Report on vaccination in Madras 1877-1894 - 1877-1894
Year: 1877
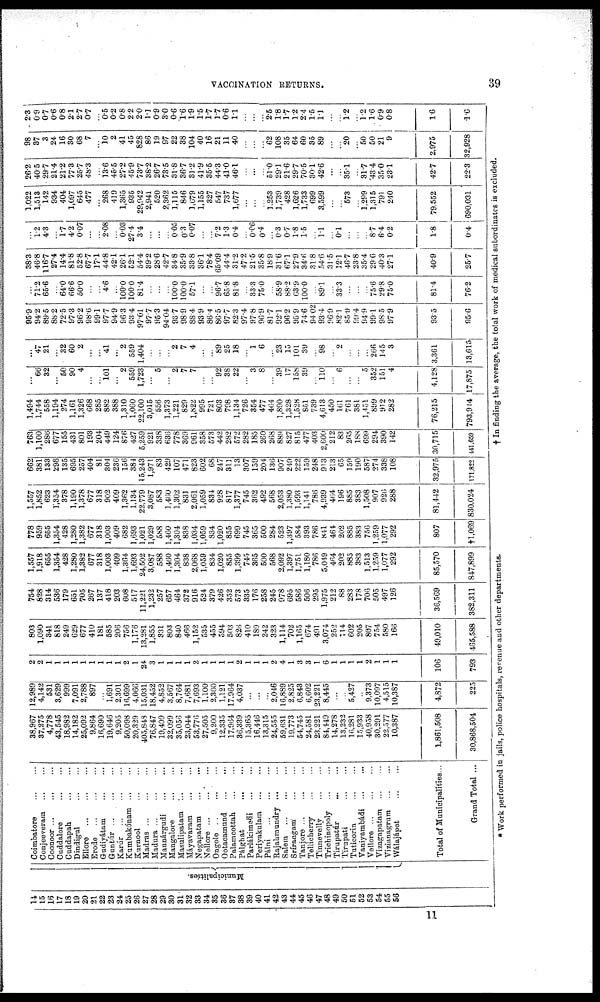
VACCINATION RETURNS.
39
14
15
16
17
18
19
20
21
22
23
24
25
26
27
28
29
30
31
32
33
34
35
36
37
38
39
40
41
42
43
44
45
46
47
48
49
50
51
52
53
54
55
56
Municipalities.
Coimbatore
...
...
Conjeeveram ... ...
Coonoor
...
...
...
Cuddalore
...
...
Cuddapah
...
...
Dindigul ... ...
Ellore
...
...
...
Erode
...
...
...
Gudiyátam ... ...
Guntúr ...
...
...
Karúr
...
...
...
Kumbakónam
...
...
Kurnool
...
...
Madras
...
...
...
Madura
...
...
...
Mannárgudi ... ...
Mangalore
...
...
Masulipatam
...
...
Máyavaram
...
...
Negapatam
...
...
Nellore ... ... ...
Ongole ... ... ...
Ootacamund
...
Palamcottah
...
...
Pálghat
...
...
Parlákimeii
...
...
Periyakulam ... ...
Pálni
...
...
...
Rajahmundry
...
...
Salem ... ... ...
Srírangam ... ...
Tanjore
...
...
...
Tellicherry
...
...
Tinnevelly
...
...
Trichinopoly
...
...
Tirupatúr
...
...
Tirupati ... ...
Tuticorin
...
...
Vaniyambádi ... ...
Vellore
...
...
...
Vizagapatam ... ...
Vizianagrum ... ...
Wálajápet ... ...
Total of Municipalities...
Grand Total ...
38,967
37,275
4,778
43,545
18,982
14,182
25,092
9,864
16,690
19,646
9,205
50,098
20,329
405,848
76,847
19,409
32,099
35,056
23,044
53,770
27,505
9,200
12,335
17,964
36,339
15,365
16,446
13,315
24,555
59,631
19,773
54,745
24,581
23,221
84,449
14,278
13,232
16,281
15,933
40,958
30,291
22,577
10,387
1,861,508
30,868,504
12,989
4,142
531
3,629
999
7,091
2,788
897
...
1,691
2,301
16,699
4,066
15,031
18,452
4,852
3,567
8,764
7,681
7,693
1,100
2,300
1,121
17,964
4,037
...
...
...
2,046
16,889
2,825
6,843
6,602
23,221
8,445
...
...
5,427
...
9,373
10,097
4,515
10,387
4,872
225
2
2
1
1
1
1
1
1
1
1
1
2
1
24
3
1
1
1
1
2
1
1
1
1
2
1
1
1
2
4
1
3
3
1
6
1
1
1
1
2
1
1
1
106
793
803
1,090
341
818
249
629
677
410
181
585
206
756
1,176
13,281
1,855
331
803
840
466
1,152
535
455
594
503
826
410
189
242
323
1,114
702
1,165
674
491
3,074
252
114
602
205
807
754
580
166
49,010
465,588
754
828
314
536
179
651
705
267
137
418
203
608
517
11,221
1,232
257
657
464
372
916
524
379
426
352
573
335
176
258
245
978
695
586
506
295
1,975
212
88
283
178
706
505
497
126
36,569
382,311
1,557
1,918
655
1,354
428
1,280
1,382
677
318
1,003
409
1,364
1,693
24,502
3,087
588
1,460
1,304
838
2,068
1,059
834
1,020
855
1,399
745
365
500
568
2,092
1,397
1,751
1,180
786
5,049
464
202
885
383
1,513
1,259
1,077
292
85,570
847,899
778
959
655
1,354
428
1,280
1,382
677
318
1,003
409
682
1,693
1,021
1,029
588
1,460
1,304
838
1,034
1,059
834
1,020
855
699
745
365
500
284
523
1,397
584
393
786
841
464
202
885
383
756
1,259
1,077
292
807
†1,069
1,557
1,852
623
1,354
378
1,190
1,378
677
318
902
409
1,362
1,134
22,779
3,087
583
1,460
1,302
831
2,061
1,059
834
928
817
1,377
745
362
492
568
2,053
1,380
1,593
1,141
786
4,939
464
196
885
383
1,508
907
926
288
81,442
830,024
662
381
133
298
135
695
257
404
81
304
236
156
384
15,243
1,971
83
429
107
471
823
602
68
247
311
13
307
159
204
136
907
249
222
159
248
913
213
65
159
190
587
274
338
108
32,975
171,822
763
1,100
286
677
155
431
801
193
204
449
124
876
427
5,259
921
338
636
778
369
961
358
573
442
282
572
282
185
260
268
889
827
815
477
403
2,600
212
83
265
188
699
294
390
142
30,715
441,659
1,494
1,744
558
1,194
274
1,161
1,326
668
285
882
388
1,310
1,060
22,100
3,015
556
1,373
1,221
829
1,822
995
721
803
798
1,134
726
354
477
464
1,890
1,328
1,528
851
739
4,613
450
161
761
381
1,451
899
912
282
76,215
793,914
...
66
32
...
50
90
4
...
...
101
...
2
559
1,723
...
5
...
2
7
7
...
...
92
38
22
...
3
8
...
39
17
158
39
...
110
...
6
...
...
5
352
151
4
4,128
17,875
...
47
21
...
32
60
2
...
...
41
...
2
559
1,404
...
...
...
2
7
4
...
...
89
25
18
...
1
6
...
23
15
101
39
...
98
...
2
...
...
...
266
145
3
3,361
13,615
95.9
94.2
89.5
88.2
72.5
97.3
96.2
98.6
99.1
97.7
94.9
963
93.4
97.01
97.7
95.3
94.04
93.7
98.9
884
93.9
86.4
86.5
97.7
823
97.4
97.8
96.9
81.7
92.1
96.2
95.9
746
94.02
93.4
96.9
82.1
85.9
99.4
94.9
99.1
98.5
97.9
93.5
95.6
...
71.2
65.6
...
64.0
66.6
50.0
...
...
4.6
...
100.0
100.0
81.4
...
...
...
100.0
100.0
57.1
...
...
96.7
65.8
81.8
...
33.3
75.0
...
58.9
88.2
63.9
100.0
....
89.1
...
33.3
...
...
...
75.6
29.8
75.0
81.4
76.2
38.3
46.8
116.7
27.4
14.4
81.8
52.8
67.7
17.1
44.8
42.1
26.1
52.1
54.4
39.2
28.6
42.7
34.8
35.9
33.8
36.1
78.4
65.09
44.4
31.2
47.2
21.5
35.8
18.9
31.6
67.1
27.9
34.6
31.8
54.6
31.5
12.1
46.7
23.8
35.4
29.6
40.3
27.1
40.9
25.7
...
1.2 4.3
...
1.7
4.2
0.07
...
...
2.08
...
0.03
27.4
3.4
...
...
...
0.05
0.3
0.07
...
...
7.2
1.3
0.4
...
6.06
0.4
...
0.8
0.7
1.8
1.5
...
1.1
...
0.1
...
...
...
8.7
6.4
0.2
1.8
0.4
1,022
1,513
142
934
404
1,097
645
477
...
268
419
1,365
935
29,942
2,941
520
2,362
1,115
846
1,679
1,155
327
547
737
1,677
...
...
...
1,253
1,739
428
1,626
1,733
699
3,599
...
...
573
...
1,299
1,315
791
240
79,552
690,031
26.2
40.5
29.7
21.4
21.2
77.3
25.7
48.3
...
13.6
45.5
27.2
45.9
73.7
38.2
26.7
73.5
31.8
36.7
31.2
41.9
35.5
44.3
41.0
46.1
...
...
...
51.0
29.1
21.6
29.7
70.5
30.1
42.6
...
...
35.1
...
31.7
43.4
35.0
23.1
42.7
22.3
98
37
3
24
16
30
68
7
...
10
2
41
45
828
86
19
97
22
38
104
40
16
21
11
40
...
...
...
62
108
35
64
60
85
89
...
...
20
...
50
50
21
9
2,975
32,928
2.3
0.9
0.7
0.6
0.8
2.1
2.7
0.7
...
0.5
0.2
0.8
2.2
2.0
1.1
0.9
3.0
0.6
1.6
1.9
1.5
1.7
1.7
0.6
1.1
...
...
...
2.5
1.8
1.7
1.2
2.4
1.5
1.1
...
...
1.2
...
1.2
1.6
0.9
0.8
1.6
1.6
* Work performed in jails, police hospitals, revenue and other departments.
† In finding the average, the total work of medical subordinates is excluded.
11